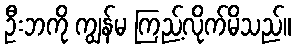
ဦးဘကို ကျွန်မ ကြည့်လိုက်မိသည်။